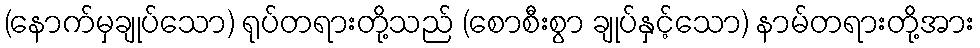
(နောက်မှချုပ်သော) ရုပ်တရားတို့သည် (စောစီးစွာ ချုပ်နှင့်သော) နာမ်တရားတို့အား